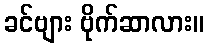
ခင်ဗျား ဗိုက်ဆာလား။